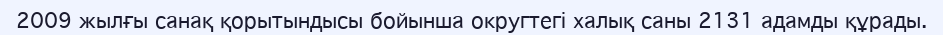
2009 жылғы санақ қорытындысы бойынша округтегі халық саны 2131 адамды құрады.